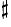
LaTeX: ^\sharp